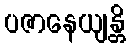
ပဇာနေယျန္တိ